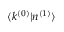
\langle k ^ { ( 0 ) } | n ^ { ( 1 ) } \rangle